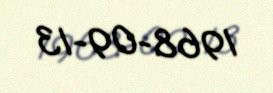
1968-09-13